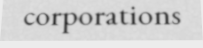
corporations